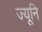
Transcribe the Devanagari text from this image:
ज्यूनि